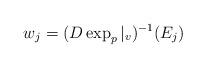
LaTeX: \begin{align*}w_j = (D\exp_p|_v)^{-1}(E_j)\end{align*}